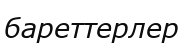
бареттерлер